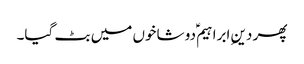
پھر دینِ ابراہیم ؑدو شاخوں میں بٹ گیا۔